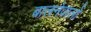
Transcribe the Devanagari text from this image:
बालनेवालों